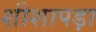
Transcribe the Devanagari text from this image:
शीशापड़ा